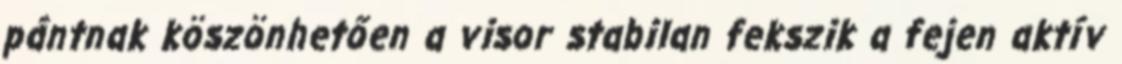
pántnak köszönhetően a visor stabilan fekszik a fejen aktív